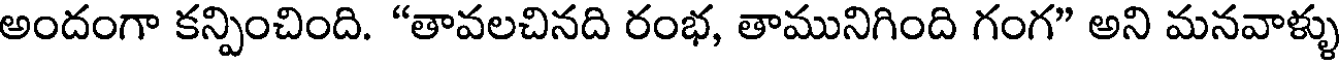
అందంగా కన్పించింది. "తావలచినది రంభ, తామునిగింది గంగ" అని మనవాళ్ళు